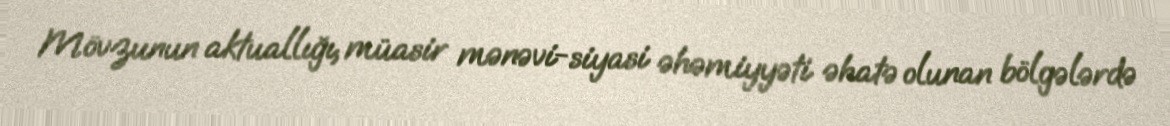
Mövzunun aktuallığı, müasir mənəvi-siyasi əhəmiyyəti əhatə olunan bölgələrdə